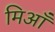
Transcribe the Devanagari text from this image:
मिआँ